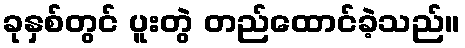
ခုနှစ်တွင် ပူးတွဲ တည်ထောင်ခဲ့သည်။